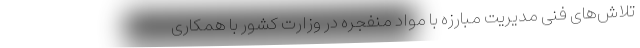
تلاش‌های فنی مدیریت مبارزه با مواد منفجره در وزارت کشور با همکاری